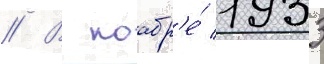
// В ноабр'е́ 1933